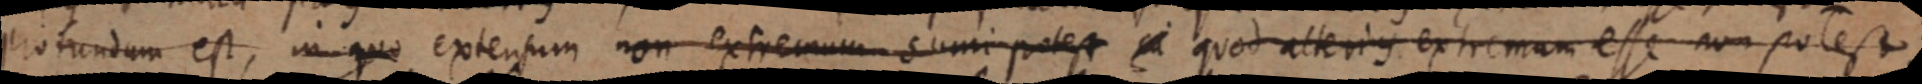
profundum est, in quo extensum non extremum sumi potest _ quod alterius extremum esse non potest